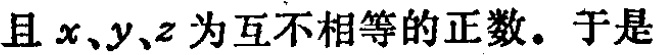
且 \(x、y、z\) 为互不相等的正数。于是